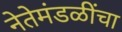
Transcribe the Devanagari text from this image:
नेतेमंडळींचा